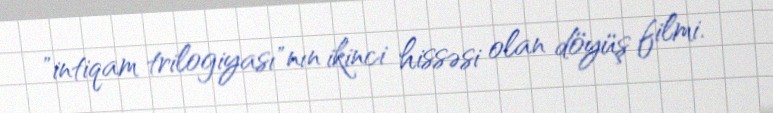
"intiqam trilogiyası"nın ikinci hissəsi olan döyüş filmi.